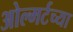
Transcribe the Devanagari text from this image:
ओल्मर्टच्या